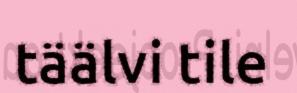
täälvi tile